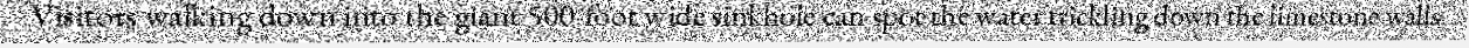
Visitors walking down into the giant 500-foot wide sinkhole can spot the water trickling down the limestone walls.